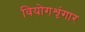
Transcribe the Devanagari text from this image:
वियोगशृंगार